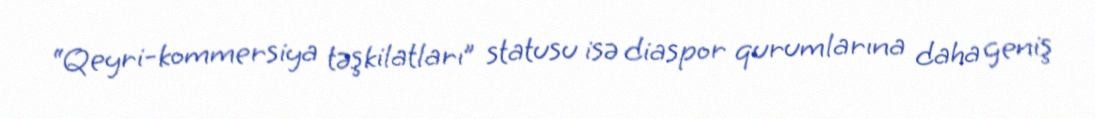
“Qeyri-kommersiya təşkilatları” statusu isə diaspor qurumlarına daha geniş